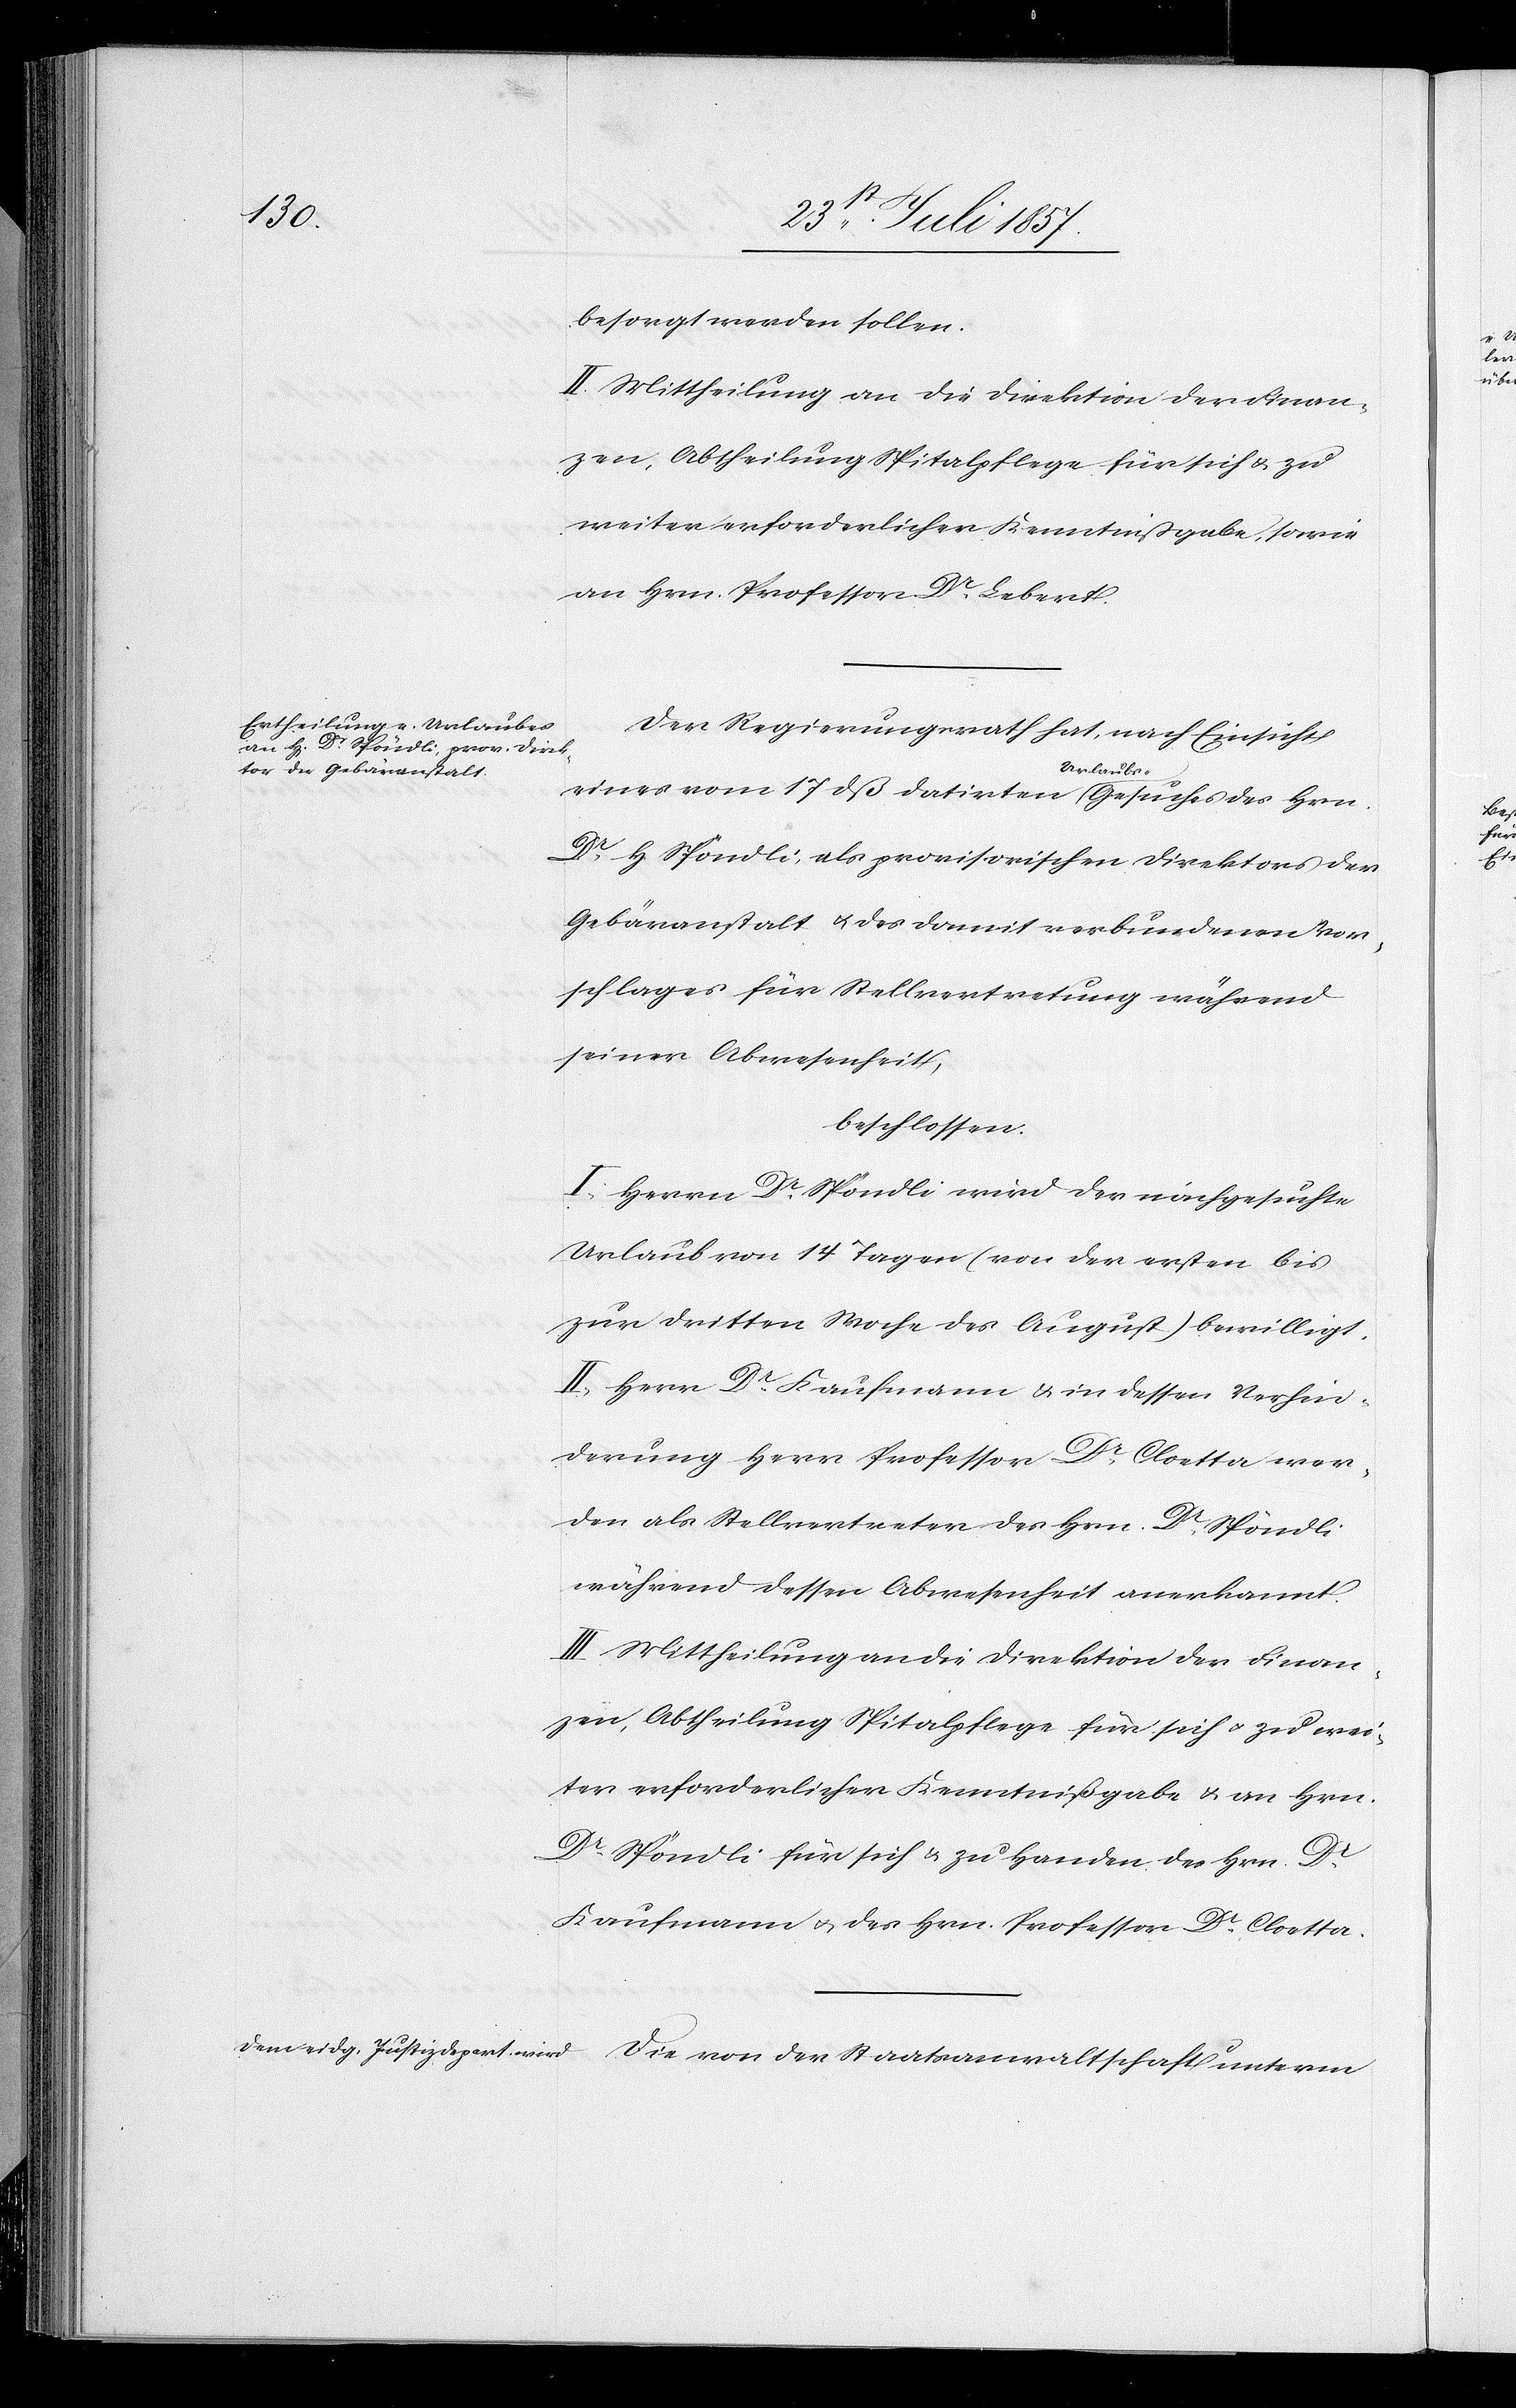
besorgt werden sollen.
II. Mittheilung an die Direktion der Finan¬
zen, Abtheilung Spitalpflege für sich & zu
weiter erforderlicher Kenntnißgabe, sowie
an Hrn. Professor Dr Lebert.
Der Regierungsrath hat, nach Einsicht
eines vom 17 dß datirten Urlaubs-Gesuches des Hrn.
Dr H. Spöndli, als provisorischen Direktor der
Gebäranstalt & des damit verbundenen Vor¬
schlages für Stellvertretung während
seiner Abwesenheit,
beschlossen:
I. Herrn Dr Spöndli wird der nachgesuchte
Urlaub von 14 Tagen (von der ersten bis
zur dritten Woche des August) bewilligt.
II. Herr Dr Kaufmann & in dessen Verhin¬
derung Herr Professor Dr Cloetta wer¬
den als Stellvertreter des Hrn. Dr Spöndli
während dessen Abwesenheit anerkannt.
III. Mittheilung an die Direktion der Finan¬
zen, Abtheilung Spitalpflege für sich & zu wei¬
ter erforderlicher Kenntnißgabe & an Hrn.
Dr Spöndli für sich & zu Handen des Hrn. Dr
Kaufmann & des Hrn. Professor Dr Cloetta.
Die von der Staatsanwaltschaft unterm